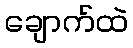
ချောက်ထဲ